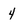
Character: 4